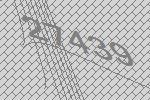
27439